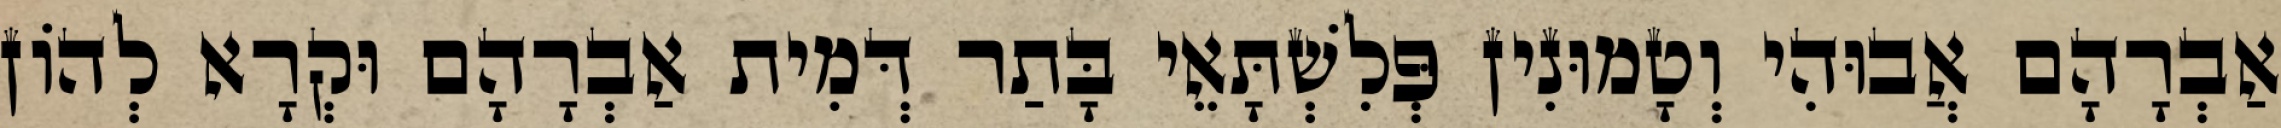
אַבְרָהָם אֲבוּהִי וְטָמוּנִין פְּלִשְׁתָּאֵי בָּתַר דְּמִית אַבְרָהָם וּקְרָא לְהוֹן